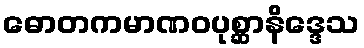
ဓောတကမာဏဝပုစ္ဆာနိဒ္ဒေသ